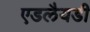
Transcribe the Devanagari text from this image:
एडलैयडी